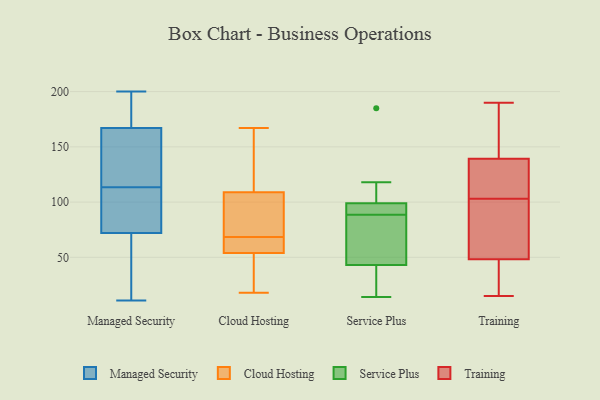
{"axis": {"x": "Production Output", "y": "Value"}, "legend": ["Cloud Hosting", "Managed Security", "Service Plus", "Training"], "data": [{"x": "", "y": 116, "type": "Managed Security"}, {"x": "", "y": 141, "type": "Managed Security"}, {"x": "", "y": 90, "type": "Managed Security"}, {"x": "", "y": 199, "type": "Managed Security"}, {"x": "", "y": 111, "type": "Managed Security"}, {"x": "", "y": 107, "type": "Managed Security"}, {"x": "", "y": 200, "type": "Managed Security"}, {"x": "", "y": 176, "type": "Managed Security"}, {"x": "", "y": 87, "type": "Managed Security"}, {"x": "", "y": 185, "type": "Managed Security"}, {"x": "", "y": 11, "type": "Managed Security"}, {"x": "", "y": 32, "type": "Managed Security"}, {"x": "", "y": 46, "type": "Managed Security"}, {"x": "", "y": 72, "type": "Managed Security"}, {"x": "", "y": 167, "type": "Managed Security"}, {"x": "", "y": 116, "type": "Managed Security"}, {"x": "", "y": 161, "type": "Managed Security"}, {"x": "", "y": 18, "type": "Managed Security"}, {"x": "", "y": 167, "type": "Cloud Hosting"}, {"x": "", "y": 95, "type": "Cloud Hosting"}, {"x": "", "y": 71, "type": "Cloud Hosting"}, {"x": "", "y": 48, "type": "Cloud Hosting"}, {"x": "", "y": 149, "type": "Cloud Hosting"}, {"x": "", "y": 123, "type": "Cloud Hosting"}, {"x": "", "y": 60, "type": "Cloud Hosting"}, {"x": "", "y": 64, "type": "Cloud Hosting"}, {"x": "", "y": 18, "type": "Cloud Hosting"}, {"x": "", "y": 44, "type": "Cloud Hosting"}, {"x": "", "y": 66, "type": "Cloud Hosting"}, {"x": "", "y": 85, "type": "Cloud Hosting"}, {"x": "", "y": 91, "type": "Service Plus"}, {"x": "", "y": 185, "type": "Service Plus"}, {"x": "", "y": 118, "type": "Service Plus"}, {"x": "", "y": 26, "type": "Service Plus"}, {"x": "", "y": 96, "type": "Service Plus"}, {"x": "", "y": 86, "type": "Service Plus"}, {"x": "", "y": 99, "type": "Service Plus"}, {"x": "", "y": 14, "type": "Service Plus"}, {"x": "", "y": 45, "type": "Service Plus"}, {"x": "", "y": 43, "type": "Service Plus"}, {"x": "", "y": 19, "type": "Training"}, {"x": "", "y": 47, "type": "Training"}, {"x": "", "y": 64, "type": "Training"}, {"x": "", "y": 101, "type": "Training"}, {"x": "", "y": 103, "type": "Training"}, {"x": "", "y": 151, "type": "Training"}, {"x": "", "y": 31, "type": "Training"}, {"x": "", "y": 177, "type": "Training"}, {"x": "", "y": 15, "type": "Training"}, {"x": "", "y": 107, "type": "Training"}, {"x": "", "y": 107, "type": "Training"}, {"x": "", "y": 47, "type": "Training"}, {"x": "", "y": 125, "type": "Training"}, {"x": "", "y": 144, "type": "Training"}, {"x": "", "y": 110, "type": "Training"}, {"x": "", "y": 82, "type": "Training"}, {"x": "", "y": 172, "type": "Training"}, {"x": "", "y": 52, "type": "Training"}, {"x": "", "y": 190, "type": "Training"}]}